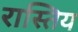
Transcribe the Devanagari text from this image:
रास्तिय